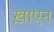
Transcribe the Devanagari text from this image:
ख़ाएन